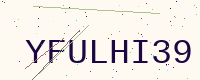
Text: YFULHI39